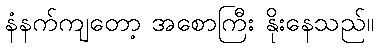
နံနက်ကျတော့ အစောကြီး နိုးနေသည်။